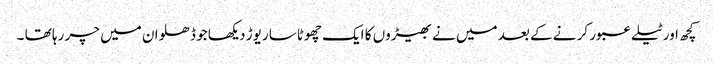
کچھ اور ٹیلے عبور کر نے کے بعد میں نے بھیڑوں کا ایک چھوٹاسا ریوڑ دیکھا جو ڈھلوان میں چر رہا تھا ۔